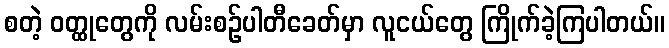
စတဲ့ ဝတ္ထုတွေကို လမ်းစဉ်ပါတီခေတ်မှာ လူငယ်တွေ ကြိုက်ခဲ့ကြပါတယ်။